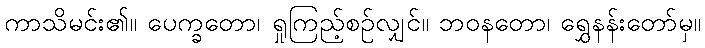
ကာသိမင်း၏။ ပေက္ခတော၊ ရှုကြည့်စဉ်လျှင်။ ဘဝနတော၊ ရွှေနန်းတော်မှ။